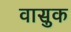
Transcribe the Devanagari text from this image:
वासुक